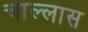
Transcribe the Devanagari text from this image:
चाल्लास